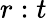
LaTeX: r:t